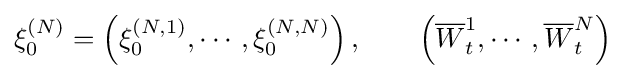
\xi _{0}^{(N)}=\left(\xi _{0}^{(N,1)},\cdots ,\xi _{0}^{(N,N)}\right),\qquad \left({\overline {W}}_{t}^{1},\cdots ,{\overline {W}}_{t}^{N}\right)